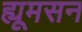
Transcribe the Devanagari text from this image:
ह्यूमसन